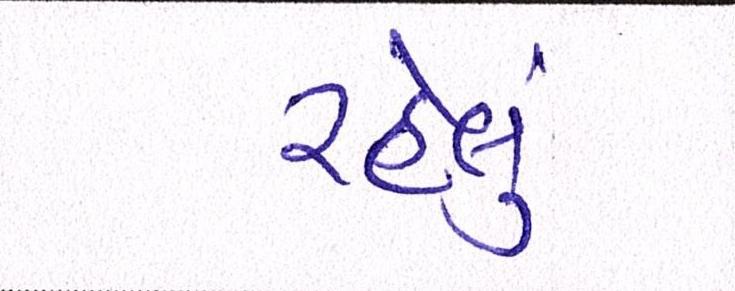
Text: રહેલુ